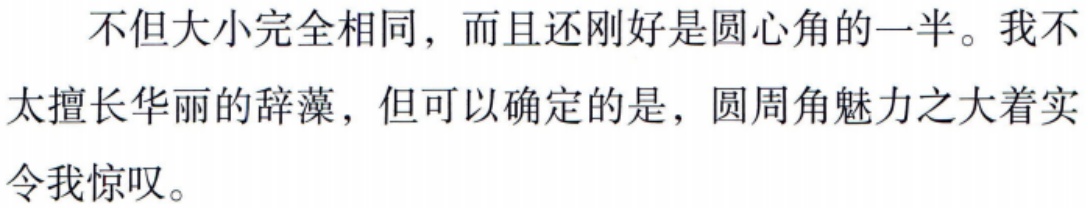
不但大小完全相同，而且还刚好是圆心角的一半。我不太擅长华丽的辞藻，但可以确定的是，圆周角魅力之大着实令我惊叹。